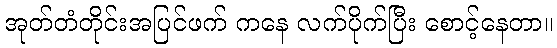
အုတ်တံတိုင်းအပြင်ဖက် ကနေ လက်ပိုက်ပြီး စောင့်နေတာ။